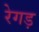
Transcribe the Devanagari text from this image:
रेगड़